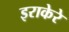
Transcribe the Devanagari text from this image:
इराकेरे